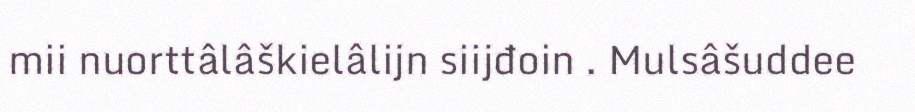
mii nuorttâlâškielâlijn siijđoin . Mulsâšuddee